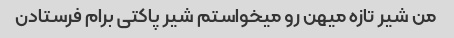
من شیر تازه میهن رو میخواستم شیر پاکتی برام فرستادن